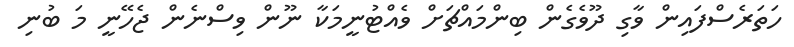
ހަތަރެސްފައިން ވާގި ދޫވެގެން ބިންމައްޗަށް ވެއްޓުނީމަކާ ނޫން ވިސްނެން ޖެހޭނީ މަ ބުނި